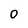
Character: 0